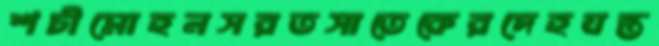
শচীমোহনসরতসাতেকেরদেহযন্ত